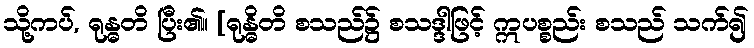
သို့ကပ်, ရုန္ဓတိ ပြီး၏။ [ရုန္ဓိတိ စသည်၌ စသဒ္ဒါဖြင့် ဣပစ္စည်း စသည် သက်၍